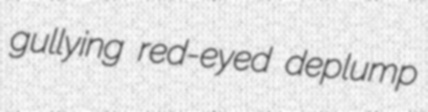
gullying red-eyed deplump